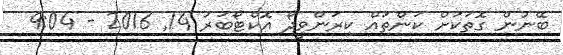
ބޭނުން ގޮތަކަށް ކަންތައް ކިރަންވީދޯ އޮކްޓޯބަރު 14